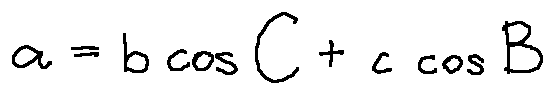
a = b \cos C + c \cos B